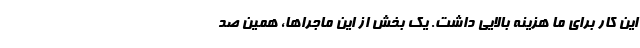
این کار برای ما هزینه بالایی داشت. یک بخش از این ماجراها، همین صد